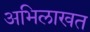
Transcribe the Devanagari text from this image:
अभिलाखत